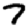
Digit: 7